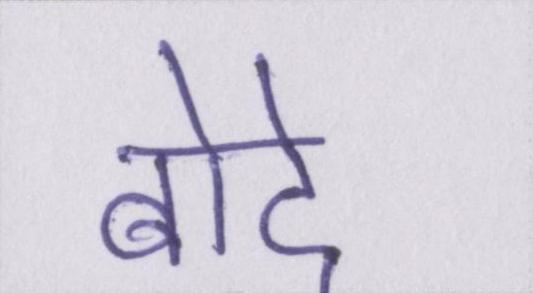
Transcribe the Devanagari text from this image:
बोदे